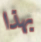
بهذا